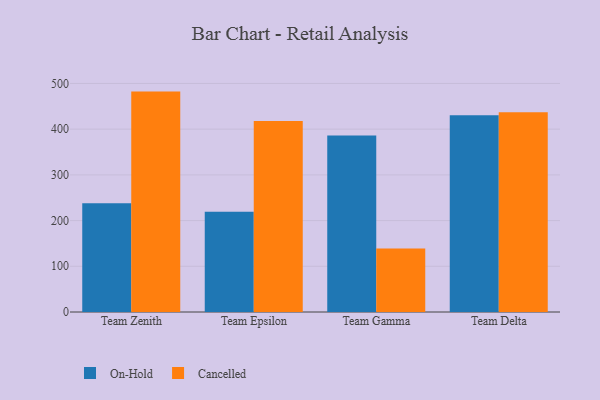
{"axis": {"x": "Team", "y": "Budget (USD K)"}, "legend": ["Cancelled", "On-Hold"], "data": [{"x": "Team Zenith", "y": 237.7, "type": "On-Hold"}, {"x": "Team Zenith", "y": 482.2, "type": "Cancelled"}, {"x": "Team Epsilon", "y": 219.5, "type": "On-Hold"}, {"x": "Team Epsilon", "y": 417.8, "type": "Cancelled"}, {"x": "Team Gamma", "y": 386.2, "type": "On-Hold"}, {"x": "Team Gamma", "y": 138.8, "type": "Cancelled"}, {"x": "Team Delta", "y": 430.6, "type": "On-Hold"}, {"x": "Team Delta", "y": 437.2, "type": "Cancelled"}]}